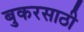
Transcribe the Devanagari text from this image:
बुकरसाठी